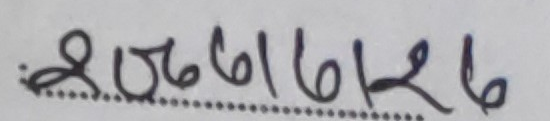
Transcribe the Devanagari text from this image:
९७८८७१७११८७